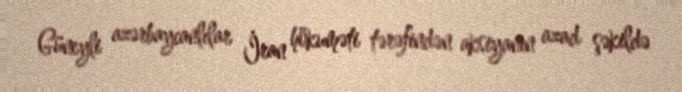
Güneyli azərbaycanlılar İran hökuməti tərəfindən aksiyanın azad şəkildə